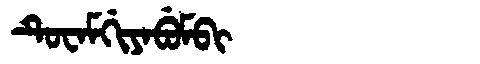
Manchu: ᡨᡠᠸᠠᠮᡤᡳᠶᠠᠪᡠᠮᠪᡳ
Romanization: TUWAMGIYABUMBI